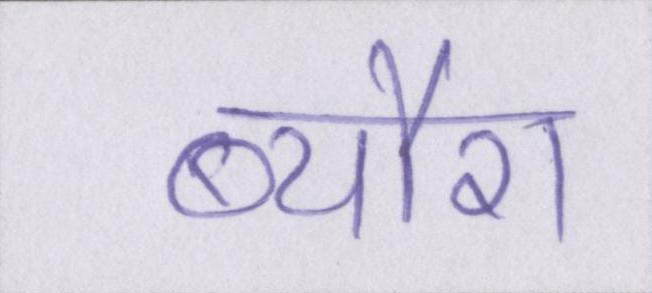
ब्यौरा